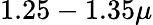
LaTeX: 1.25-1.35\mu